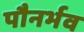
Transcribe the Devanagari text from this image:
पौनर्भव